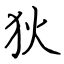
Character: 狄